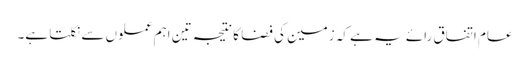
عام اتفاق رائے یہ ہے کہ زمین کی فضا کا نتیجہ تین اہم عملوں سے نکلتا ہے۔